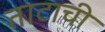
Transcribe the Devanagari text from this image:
ताटाची